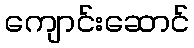
ကျောင်းဆောင်